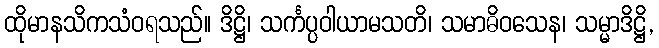
ထိုမာနသိကသံဝရသည်။ ဒိဋ္ဌိ၊ သင်္ကပ္ပဝါယာမသတိ၊ သမာဓိဝသေန၊ သမ္မာဒိဋ္ဌိ,